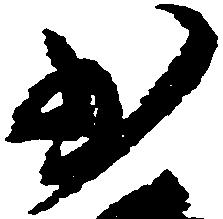
少